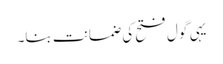
یہی گول فتح کی ضمانت بنا۔